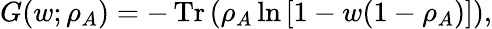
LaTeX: G(w;\rho_{A})=-\operatorname{Tr}{(\rho_{A}\ln{[1-w(1-\rho_{A})]})},